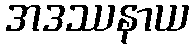
အဒဿနာယ